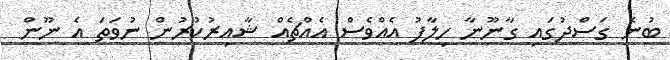
ބުނެ ގަސްދުގައި ގާނޫނާ ހިލާފު އެއްވެސް އެއްޗެއް ޝާއިރުކުރުން ނުވަތަ އެ ނޫން